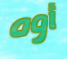
أوه